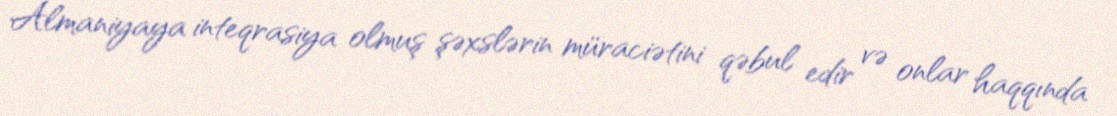
Almaniyaya inteqrasiya olmuş şəxslərin müraciətini qəbul edir və onlar haqqında